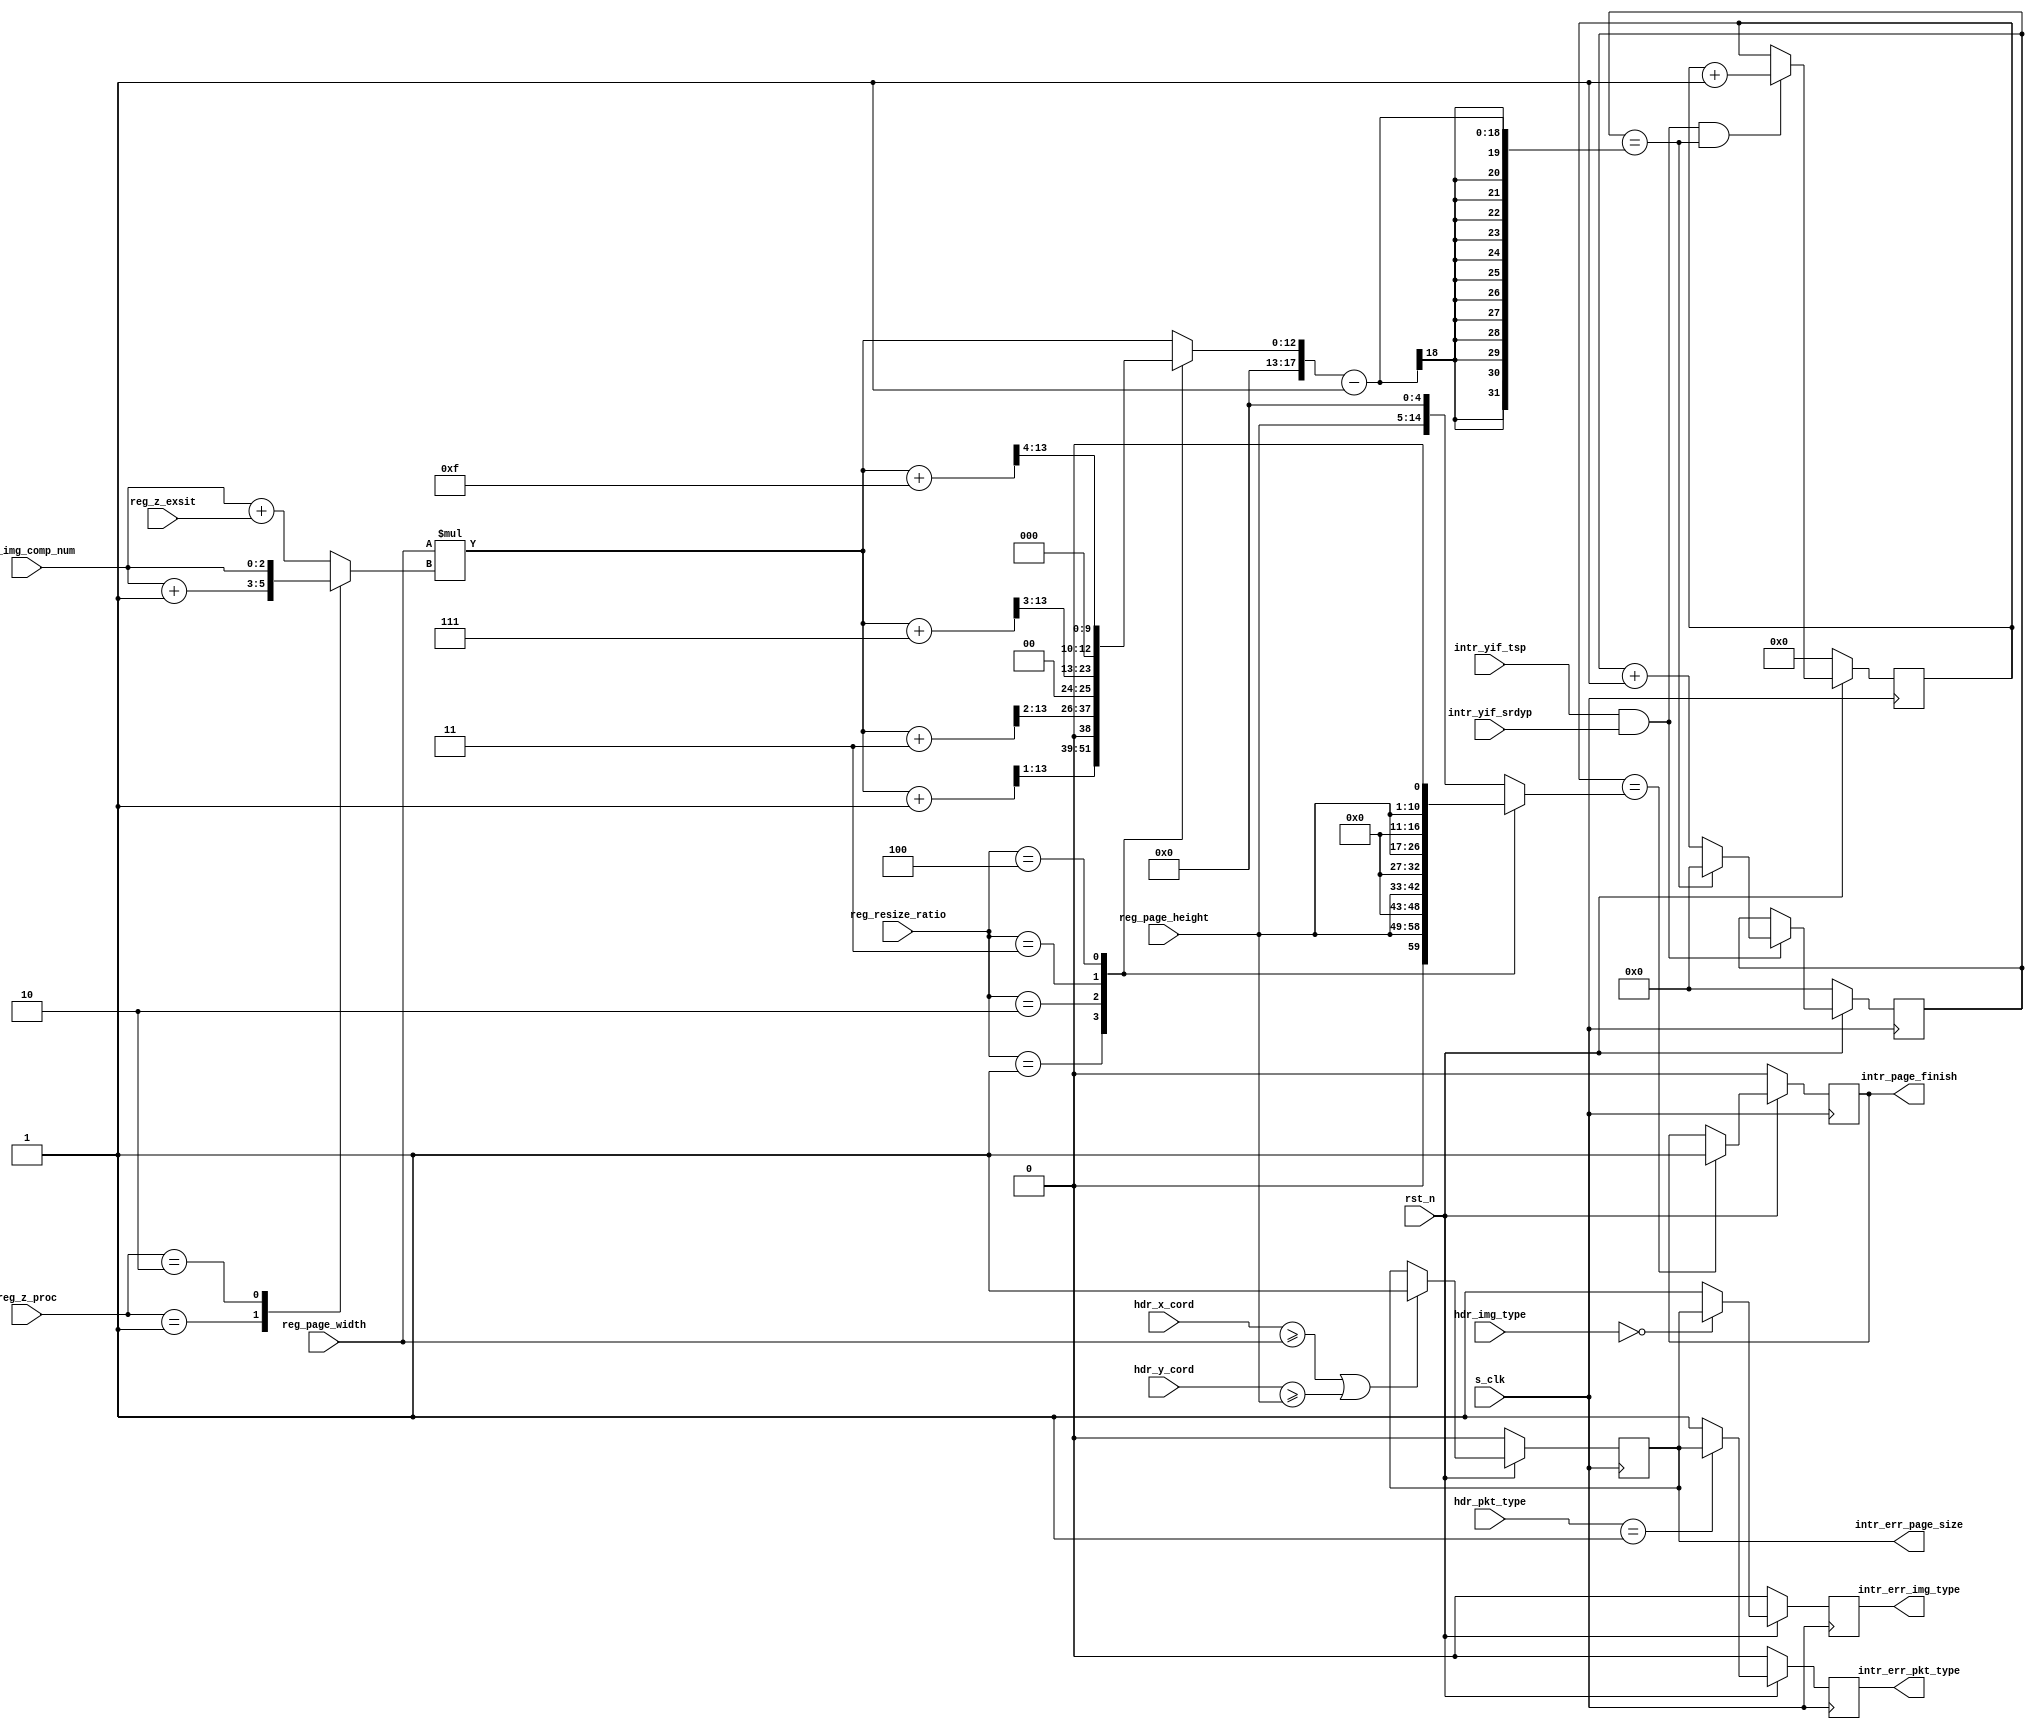
module o_ptg_m_t2r3_intr_gen(//System
                             input          s_clk,
                             input          rst_n,
                             //Header
                             input [7:0]    hdr_img_type,
                             input [2:0]    hdr_pkt_type,
                             input [11:0]   hdr_x_cord,
                             input [11:0]   hdr_y_cord,
                             //Reigster
                             input [14:5]   reg_page_width,
                             input [14:5]   reg_page_height,
                             input [2:0]    reg_resize_ratio,
                             input [2:0]    reg_img_comp_num,
                             input          reg_z_exsit,
                             input [1:0]    reg_z_proc,
                             //Y Bus Monitor
                             input          intr_yif_tsp,
                             input          intr_yif_srdyp,
                             //Output
                             output         intr_page_finish,
                             output         intr_err_pkt_type,
                             output         intr_err_img_type,
                             output         intr_err_page_size);

  //wire variables
  //none

  //reg variables
  reg [2:0]  comp_num_with_z;

  reg [17:0] tx_cnt;
  reg [17:0] tx_cnt_max;
  reg [14:0] line_cnt;
  reg [14:0] line_cnt_max;

  reg intr_page_finish_ff;
  reg intr_err_pkt_type_ff;
  reg intr_err_img_type_ff;
  reg intr_err_page_size_ff;

  //continuous assignment
  assign intr_page_finish = intr_page_finish_ff;
  assign intr_err_pkt_type = intr_err_pkt_type_ff;
  assign intr_err_img_type = intr_err_img_type_ff;
  assign intr_err_page_size = intr_err_page_size_ff;

  //process assignment
  //intr_err_pkt_type
  always @ (posedge s_clk) begin
    if(rst_n == 1'b 0)
      intr_err_pkt_type_ff <= 1'b 0;
    else
      if(hdr_pkt_type == 3'b 001)
        intr_err_pkt_type_ff <= intr_err_page_size_ff;
      else
        intr_err_pkt_type_ff <= 1'b 1;
  end

  //intr_err_img_type
  always @ (posedge s_clk) begin
    if(rst_n == 1'b 0)
      intr_err_img_type_ff <= 1'b 0;
    else
      case (hdr_img_type)
        8'b 00000000: intr_err_img_type_ff <= intr_err_page_size_ff;

        default: intr_err_img_type_ff <= 1'b 1;
      endcase
  end

  //intr_err_page_size
  always @ (posedge s_clk) begin
    if(rst_n == 1'b 0)
      intr_err_page_size_ff <= 1'b 0;
    else
      if(hdr_x_cord >= reg_page_width | hdr_y_cord >= reg_page_height)
        intr_err_page_size_ff <= 1'b 1;
      else
        intr_err_page_size_ff <= intr_err_page_size_ff;
  end

  //intr_page_finish
  always @ (posedge s_clk) begin
    if(rst_n == 1'b 0)
      intr_page_finish_ff <= 1'b 0;
    else
      if(line_cnt == line_cnt_max)
        intr_page_finish_ff <= 1'b 1;
      else
        intr_page_finish_ff <= intr_page_finish_ff;
  end

  //line_cnt
  always @ (posedge s_clk) begin
    if(rst_n == 1'b 0)
      line_cnt <= 10'd 0;
    else
      if(intr_yif_tsp == 1'b 1 & intr_yif_srdyp == 1'b 1 & tx_cnt == tx_cnt_max - 1)
        line_cnt <= line_cnt + 1;
  end

  //line_cnt_max
  always @ ( * ) begin
    case (reg_resize_ratio)
      3'b 000: line_cnt_max = {reg_page_height, 5'b 0};
      3'b 001: line_cnt_max = {1'b 0, reg_page_height, 4'b 0};
      3'b 010: line_cnt_max = {2'b 0, reg_page_height, 3'b 0};
      3'b 011: line_cnt_max = {3'b 0, reg_page_height, 2'b 0};
      3'b 100: line_cnt_max = {4'b 0, reg_page_height, 1'b 0};
      default: line_cnt_max = {reg_page_height, 5'b 0};
    endcase
  end

  //tx_cnt
  always @ (posedge s_clk) begin
    if(rst_n == 1'b 0)
      tx_cnt <= 18'd 0;
    else
      if(intr_yif_tsp == 1'b 1 & intr_yif_srdyp == 1'b 1)
        if(tx_cnt == tx_cnt_max -1)
          tx_cnt <= 18'd 0;
        else
          tx_cnt <= tx_cnt + 1;
      else
        tx_cnt <= tx_cnt;
  end

  //tx_cnt_max
  always @ ( * ) begin
    case (reg_resize_ratio)
      3'b 000: tx_cnt_max = reg_page_width*comp_num_with_z;
      3'b 001: tx_cnt_max = (reg_page_width*comp_num_with_z + 1) >> 1;
      3'b 010: tx_cnt_max = (reg_page_width*comp_num_with_z + 3) >> 2;
      3'b 011: tx_cnt_max = (reg_page_width*comp_num_with_z + 7) >> 3;
      3'b 100: tx_cnt_max = (reg_page_width*comp_num_with_z + 15)>> 4;
      default: tx_cnt_max = reg_page_width*comp_num_with_z;
    endcase
  end

  //comp_num_with_z
  always @ ( * ) begin
    case (reg_z_proc)
      2'b 00: comp_num_with_z = reg_img_comp_num + reg_z_exsit;
      2'b 01: comp_num_with_z = reg_img_comp_num + 1;
      2'b 10: comp_num_with_z = reg_img_comp_num;
      default: comp_num_with_z = reg_img_comp_num + reg_z_exsit;
    endcase
  end

endmodule